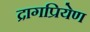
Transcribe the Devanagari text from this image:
द्रागप्रियेण